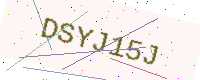
Text: DSYJ15J